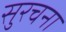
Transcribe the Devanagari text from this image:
सुरचना